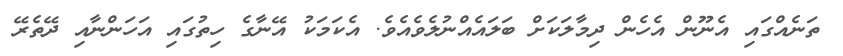
ތަނެއްގައި އެނޫން އެހެން ދިމާލަކަށް ބަލައެއްނުލެވެއެވެ. އެކަމަކު އޭނާގެ ހިތުގައި އަހަންނާއި ދޭތެރޭ